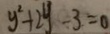
y ^ { 2 } + 2 y - 3 = 0